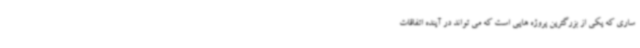
ساری که یکی از بزرگترین پروژه هایی است که می تواند در آینده اتفاقات